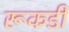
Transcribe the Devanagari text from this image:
रूकडी